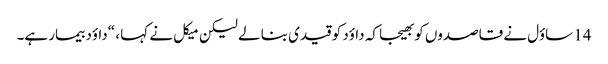
14 ساؤل نے قاصدوں کو بھیجا کہ داؤد کو قیدی بنا لے لیکن میکل نے کہا ، “داؤد بیمار ہے۔